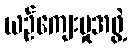
ယဉ်ကျေးမှုအဖွဲ့